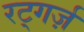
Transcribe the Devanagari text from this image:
रट्गर्ज़